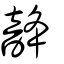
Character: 𩐨